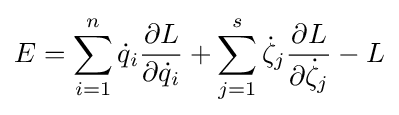
E=\sum _{i=1}^{n}{\dot {q}}_{i}{\frac {\partial L}{\partial {\dot {q}}_{i}}}+\sum _{j=1}^{s}{\dot {\zeta }}_{j}{\frac {\partial L}{\partial {\dot {\zeta }}_{j}}}-L